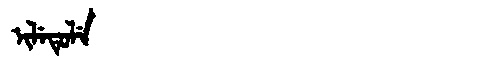
Manchu: ᡳᠯᡝᡨᡠᠯᡝ
Romanization: ILETULE